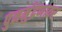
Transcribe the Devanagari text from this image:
पुनर्मुद्रणावर